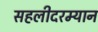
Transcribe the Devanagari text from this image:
सहलीदरम्यान